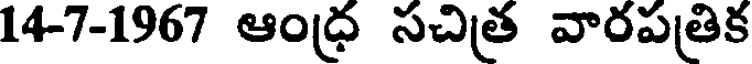
14-7-1967 ఆంధ్ర సచిత్ర వారపత్రిక